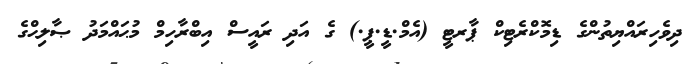
ދިވެހިރައްޔިތުންގެ ޑިމޮކްރެޓިކް ޕާރޓީ (އެމް.ޑީ.ޕީ.) ގެ އަދި ރައީސް އިބްރާހިމް މުޙައްމަދު ޞާލިޙްގެ